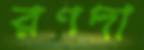
রণদা